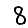
Digit: 8